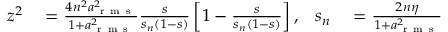
\begin{array} { r l r l } { z ^ { 2 } } & { { } = \frac { 4 n ^ { 2 } a _ { \mathrm { ~ r ~ m ~ s ~ } } ^ { 2 } } { 1 + a _ { \mathrm { ~ r ~ m ~ s ~ } } ^ { 2 } } \frac { s } { s _ { n } ( 1 - s ) } \left[ 1 - \frac { s } { s _ { n } ( 1 - s ) } \right] , } & { s _ { n } } & { { } = \frac { 2 n \eta } { 1 + a _ { \mathrm { ~ r ~ m ~ s ~ } } ^ { 2 } } } \end{array}